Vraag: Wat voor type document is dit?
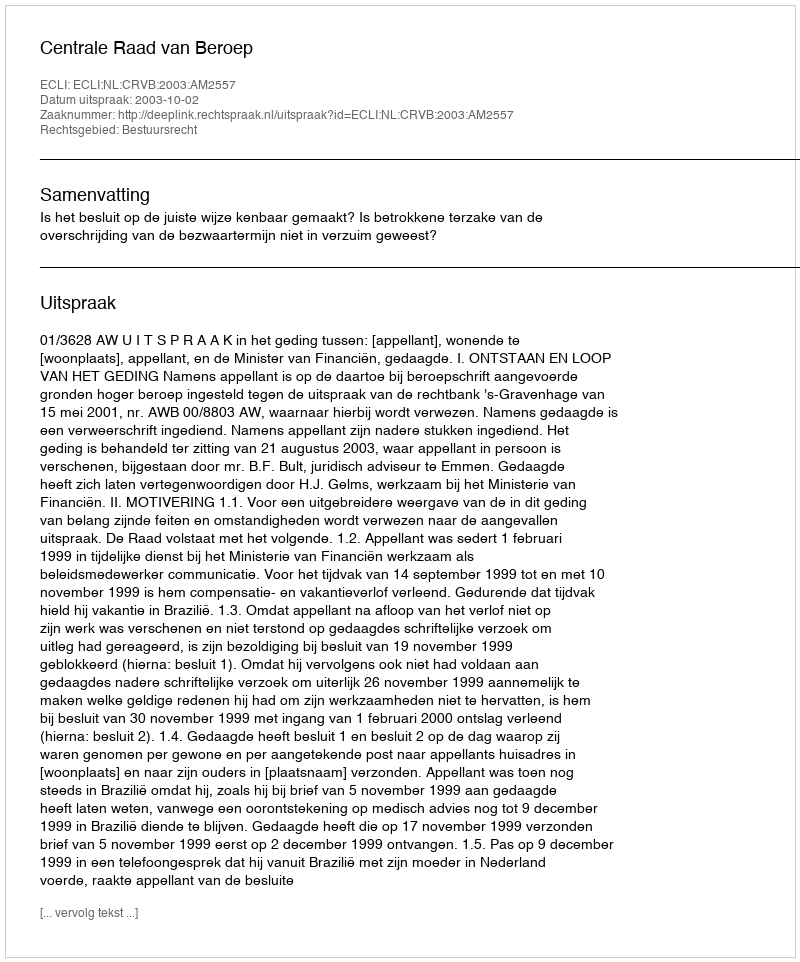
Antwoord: Uitspraak